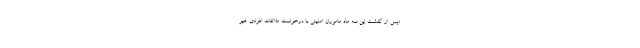
«پس از گذشت این سه ماه ماموران امنیتی با درخواست ملاقات افرادی غیر